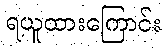
ရယူထားကြောင်း